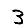
Digit: 3